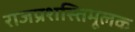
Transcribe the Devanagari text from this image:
राजप्रशस्तिमूलक